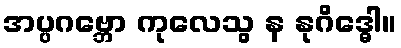
အပ္ပဂဗ္ဘော ကုလေသွ န နုဂိဒ္ဓေါ။